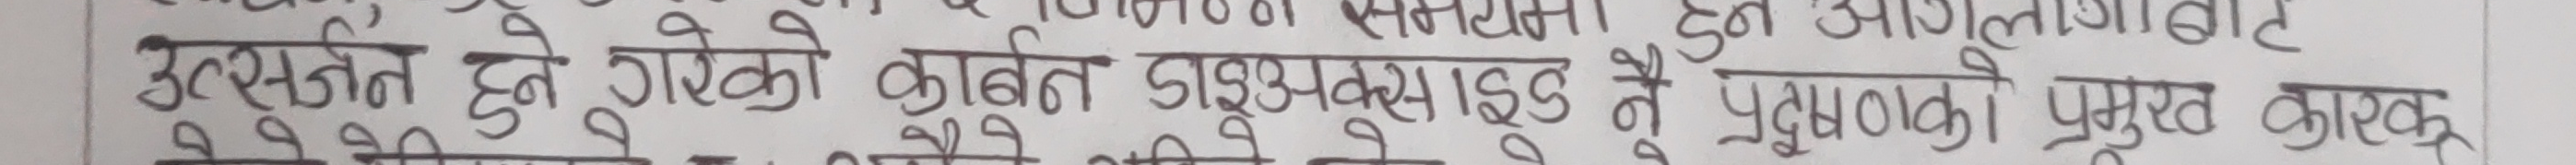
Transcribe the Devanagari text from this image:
उत्सर्जित हुने गरेको कार्बन डाइअक्साइड नै प्रदूषणको प्रमुख कारक